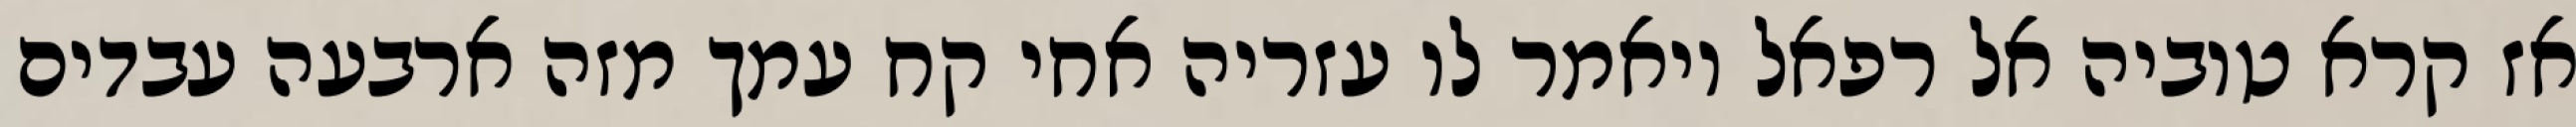
אז קרא טוביה אל רפאל ויאמר לו עזריה אחי קח עמך מזה ארבעה עבדים